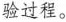
验过程。